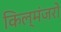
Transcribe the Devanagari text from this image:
किल्मंजरो